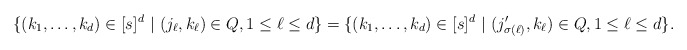
\begin{align*}\{ (k_1, \ldots, k_d) \in [s]^d ~|~ (j_\ell, k_\ell) \in Q, 1 \leq \ell \leq d\} = \{ (k_1, \ldots, k_d) \in [s]^d ~|~ (j'_{\sigma(\ell)}, k_\ell) \in Q, 1 \leq \ell \leq d\}.\end{align*}